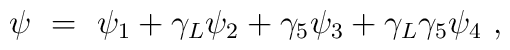
\psi\ =\ \psi_1+\gamma_L\psi_2+\gamma_5\psi_3+\gamma_L\gamma_5\psi_4\ ,